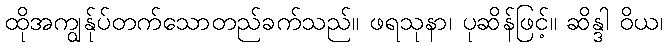
ထိုအကျွန်ုပ်တက်သောတည်ခက်သည်။ ဖရသုနာ၊ ပုဆိန်ဖြင့်။ ဆိန္ဒါ ဝိယ၊